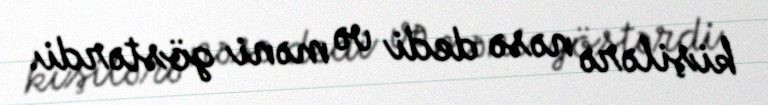
kişilərə nəsə dedi və məni göstərdi.